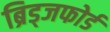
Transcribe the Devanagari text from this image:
ब्रिड्जफोर्ड